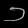
Digit: ၁